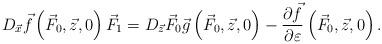
LaTeX: \begin{align*} D_{\vec {x}} \vec {f}\left( {\vec {F}_0,\vec{z},0}\right)\vec {F}_1 = D_{\vec {z}} \vec {F}_0 \vec {g}\left( {\vec{F}_0, \vec {z},0} \right)-\dfrac{\partial \vec {f}}{\partial\varepsilon}\left( {\vec {F}_0, \vec {z},0} \right).\end{align*}